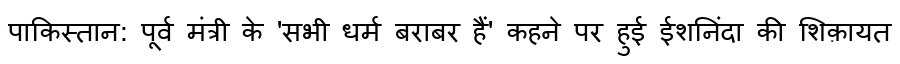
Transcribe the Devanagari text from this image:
पाकिस्तान: पूर्व मंत्री के 'सभी धर्म बराबर हैं' कहने पर हुई ईशनिंदा की शिक़ायत